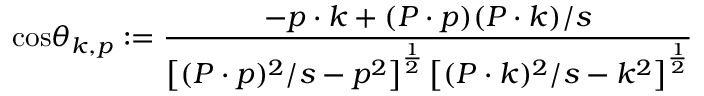
\mathrm { c o s } \theta _ { k , p } : = { \frac { - p \cdot k + ( P \cdot p ) ( P \cdot k ) / s } { \left[ ( P \cdot p ) ^ { 2 } / s - p ^ { 2 } \right] ^ { \frac 1 2 } \left[ ( P \cdot k ) ^ { 2 } / s - k ^ { 2 } \right] ^ { \frac 1 2 } } }